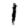
Digit: 1